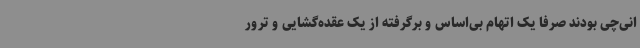
انی‌چی بودند صرفا یک اتهام بی‌اساس و برگرفته از یک عقده‌گشایی و ترور